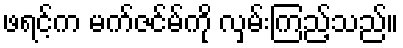
ဖရင့်က မက်ဇင်မ်ကို လှမ်းကြည့်သည်။